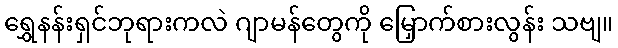
ရွှေနန်းရှင်ဘုရားကလဲ ဂျာမန်တွေကို မြှောက်စားလွန်း သဗျ။